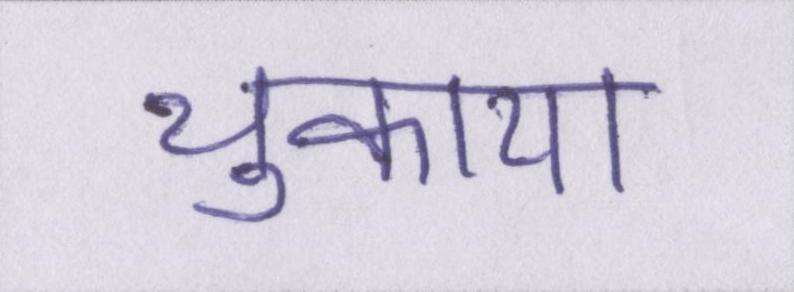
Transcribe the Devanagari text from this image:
चुकाया